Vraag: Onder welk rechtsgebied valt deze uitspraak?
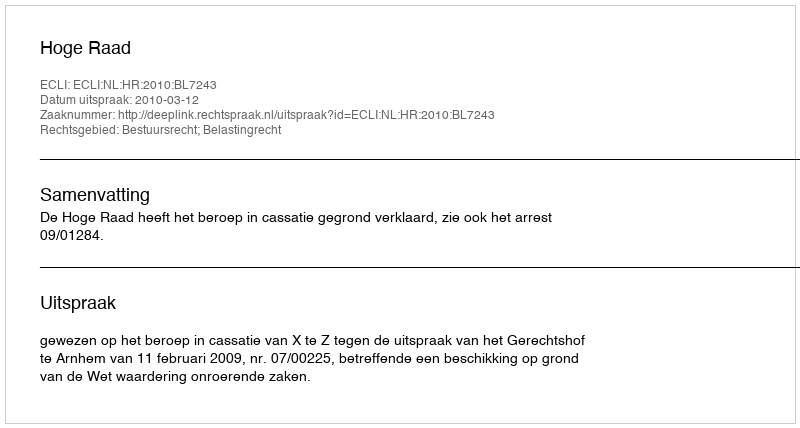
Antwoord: Bestuursrecht; Belastingrecht